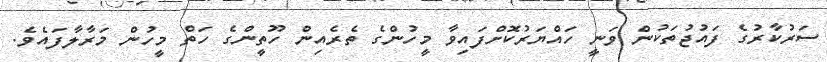
ސަރުކާރުގެ ފައުޖުތަކުން ވަނީ ހައްޔަރުކޮށްފައިވާ މީހުންގެ ތެރެއިން ހޫތީންގެ ހަތް މީހުން މަރާލާފައެވެ.